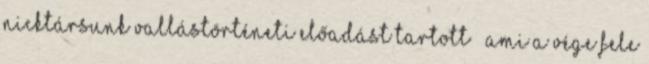
nicktársunk vallástörténeti előadást tartott – ami a vége fele